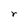
Character: r